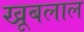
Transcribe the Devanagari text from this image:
खूबलाल